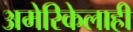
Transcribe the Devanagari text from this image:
अमेरिकेलाही